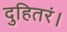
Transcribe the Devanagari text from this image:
दुहितरं।